Annual statistical returns and brief notes on vaccination in Bengal - 1887-1898
Year: 1887
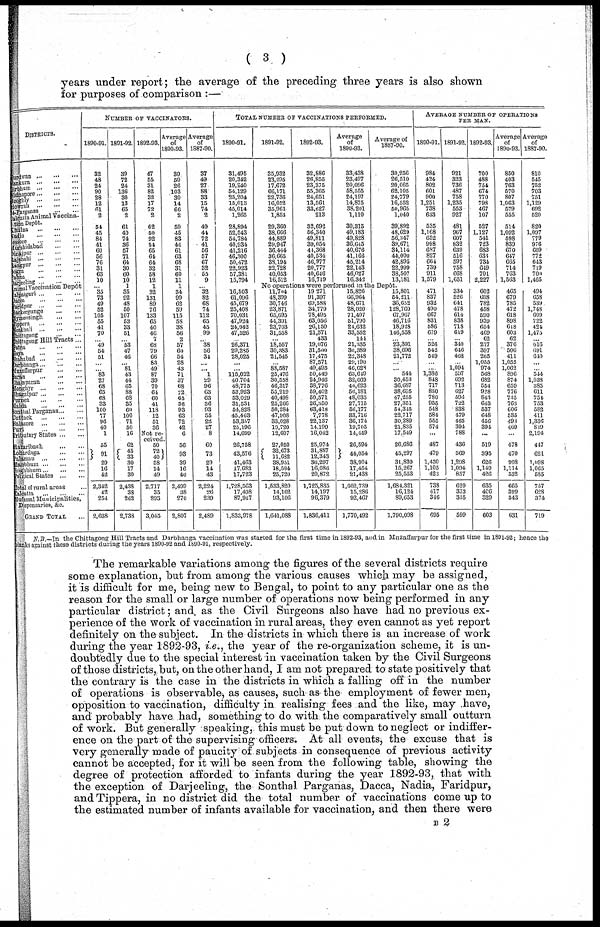
( 3 )
years under report; the average of the preceding three years is also shown
for purposes of comparison :—
DISTRICTS.
Surdwan
...
...
...
Sankura
...
...
...
Sirbhum
...
...
...
Midnapore
...
...
...
Hooghly
...
...
...
Howrah
...
...
...
24-Parganas
...
...
Calcutta Animal Vaccina-
tion Depôt.
Khulna
...
...
...
Nadia
...
...
...
essore
...
...
...
Murshidabad
...
...
Dinajpur
...
...
...
Rajshahi
...
...
...
Rangpur
...
...
...
Sogra ... ... ...
Pabna ... ... ...
Darjeeling ...
... ...
Animal Vaccination Depôt
Malpaiguri ...
...
...
Dacca ... ... ...
Faridpur
... ... ...
Backergunge ... ...
Mymensingh
...
...
Tippera
...
...
...
Noakhali
...
...
...
Chittagong
...
...
Chittagong Hill Tracts...
Patna
...
...
...
Saya
... ... ...
Shahabad
...
...
...
Darbhaga ... ... ...
Muzaffarpur ... ...
Saran
...
...
...
Champaran
...
...
Monghyr
...
...
...
Bhagalpur...
...
...
Purnea
Malda
...
...
...
Sonthal Parganas ... ...
Cuttack
...
...
...
Balasore ... ... ...
Puri
...
...
...
Tributary States
...
...
Hazaribagh
...
...
Lohardaga
...
...
Palaman ...
...
...
Manbhum
...
...
...
Singhbhum
...
...
...
Political States
...
...
Total of rural areas ...
Calcutta
...
...
...
Mutassal Municipalities,
Dispensaries, &c.
GRAND TOTAL ...
NUMBER OF VACCINATORS.
1890-91.
32
48
24
90
28
12
61
2
54
45
84
41
60
56
76
31
63
10
...
35 73
49
52
105
55
41
70
...
49
54
51
...
...
83
27
68
65
68
33
100
77
96
40
1
55
91 29
16
42
2,342
42
254
2,638
1891-92.
39
72
24
136
30
13
65
2
61
40
74
36
57
71
64
30
60
10
1
35
92
48
50
107
53
33
51
...
53
47
46
...
81 43
44
65
88
68
35
60
100
71
50
16
62
45
33
30
17
30
2,438
38
262
2,738
1892-93.
47
55
31
82
32
17
72
2
62
50
92
54
65
64
64
32
58
12
1
32
131
89
76
133
65
40
46
7
68
79
66
83
49
87
39
70
64
60
41
118
12
51
36
Not re-
ceived.
50
72
40
58
14
49
2,717
35
293
3,045
Average
of
1890-93.
39
59
26
103
30
14
66
2
59
45
83
44
61
63
68
31
60
11
1
34
99
62
59
115
58
38
56
2
57
60
54
28
43
71
37
68
72
65
36
93
63
72
42
6
56
93
39
16
40
2,499
38
270
2,807
Average
of
1887-90.
37
49
27
88
33
15
74
2
49
44
72
41
56
57
67
32
53
9
...
32
82
68
74
112
65
45
99
...
38
56
34
...
... 1
29
96
63
63
36
93
55
22
27
8
60
73
29
14
43
2,224
26
239
2,489
TOTAL NUMBER OF VACCINATIONS PERFORMED.
1890-91.
31,495
20,342
19,240
54,129
25,204
15,013
45,014
1,265
28,894
52,543
54,784
40,934
41,216
46,300
50,472
22,923
57,381
15,794
...
16,503
61,096
45,679
25,408
70,031
47,924
24,042
47,526
...
26,371
29,285
28,025
...
...
115,022
40,704
48,775
53,923
53,029
31,531
54,828
45,463
53,357
25,196
14,699
26,758
43,576
41,463
17,683
17,723
1,728,563
17,498
87,917
1,833,978
1891-92.
35,932
23,295
17,672
66,171
22,736
16,052
35,961
1,853
29,360
38,666
44,889
29,947
36,444
36,665
38,194
23,728
40,053
16,512
1892-93.
32,886
26,855
23,375
55,365
24,651
13,561
33,627
213
32,692
56,340
49,811
39,054
44,368
40,534
46,977
20,777
40,646
16,719
Average
of
1890-93.
33,438
23,497
20,096
58,555
24,197
14,875
38,201
1,110
30,315
49,183
49,828
36,645
40,676
41,166
45,214
22,143
46,027
10,342
Average of
1887-90.
30,256
26,510
20,065
62,105
24,779
16,552
50,965
1,040
39;892
48,629
56,347
39,671
31,114
44,000
42,895
22,999
38,507
13,181
No operations were performed in the Depôt.
11,704
48,399
30,746
23,871
65,695
44,391
23,703
31,558
...
18,557
30,383
21,545
...
88,587
25,476
30,558
46,317
55,219
40,498
25,266
50,284
47,908
33,028
19,720
12,607
27,050
32,673
11,682
38,951
18,594
25,720
1,533,820
14,162
93,106
1,641,088
19,271
91,397
69,588
34,779
78,495
63,056
26,150
21,571
433
19,076
31,500
17,475
87,571
49,495
50,449
24,946
38,776
59,402
50,571
26,350
63,418
7,778
22,137
14,199
16,042
25,974
31,887
12,343
36,297
16,086
20,872
1,725,835
14,197
96,379
1,836,411
15,826
66,964
48,671
28,020
71,407
51,790
24,632
33,552
144
21,335
30,389
22,348
29,190
46,028
63,649
32,069
44,623
56,181
48,033
27,715
56,177
33,716
36,174
19,705
14,449
26,594
44,054
38,904
17,454
21,438
1,662,739
15,286
92,467
1,770,492
15,801
54,211
36,652
128,760
67,967
46,716
18,928
146,558
...
23,391
38,696
21,772
...
...
541
30,453
36,687
38,695
47,255
27,351
54,345
22,717
30,289
21,835
17,549
26,686
45,297
31,839
15,267
25,553
1,684,321
16,124
89,653
1,790,098
AVERAGE NUMBER OF OPERATIONS
PER MAN.
1890-91.
984
424
802
601
900
1,251
738
633
535
1,168
652
998
687
827
664
739
911
1,579
471
837
932
490
667
831
586
679
...
526
542
549
...
...
1,386
848
717
830
780
955
548
584
555
574
...
487
479
1,430
1,105
422
738
417
346
695
1891-92.
921
323
736
487
758
1,235
553
927
481
967
607
832
639
516
597
758
668
1,651
334
526
641
478
614
838
718
619
...
340
646
468
...
1,094
537
692
713
627
596
722
838
479
465
394
788
436
569
1,298
1,094
857
629
373
335
599
1892-93.
700
488
754
674
770
798
467
107
527
1,127
541
723
683
633
734
649
701
2,227
602
698
782
458
590
939
654
469
62
277
397
265
1,055
974
568
682
554
928
843
643
537
648
456
394
...
519
395
626
1,149
426
635
406
329
603
Average
of
1890-93.
850
403
763
570
807
1,063
579
555
514
1,092
598
839
670
647
665
714
763
1,663
465
679
785
472
618
893
618
603
62
376
506
411
1,055
1,062
896
874
659
776
735
763
606
535
498
469
...
478
470
998
1,114
532
665
399
343
631
Average
of
1887-90.
810
545
752
703
751
1,129
692
520
820
1,097
779
976
609
772
643
719
700
1,465
494
658
539
1,748
609
722
424
1,475
...
616
691
640
...
...
544
1,038
385
611
754
753
582
411
1,336
819
2,194
447
621
1,098
1,065
585
757
628
374
719
N.B.—In the Chittagong Hill Tracts and Darbhanga vaccination was started for the first time in 1892-93, and in Muzaffarpur for the first time in 1891-92; hence the
blanks against these districts during the years 1890-92 and 1890-91, respectively.
The remarkable variations among the figures of the several districts require
some explanation, but from among the various causes which may be assigned,
it is difficult for me, being new to Bengal, to point to any particular one as the
reason for the small or large number of operations now being performed in any
particular district; and as the Civil Surgeons also have had no previous ex-
perience of the work of vaccination in rural areas, they even cannot as yet report
definitely on the subject. In the districts in which there is an increase of work
during the year 1892-93, i.e., the year of the re-organization scheme, it is un-
doubtedly due to the special interest in vaccination taken by the Civil Surgeons
of those districts, but, on the other hand, I am not prepared to state positively that
the contrary is the case in the districts in which a falling off in the number
of operations is observable, as causes, such as the employment of fewer men,
opposition to vaccination, difficulty in realising fees and the like, may have,
and probably have had, something to do with the comparatively small outturn
of work. But generally speaking, this must be put down to neglect or indiffer-
ence on the part of the supervising officers. At all events, the excuse that is
very generally made of paucity of subjects in consequence of previous activity
cannot be accepted, for it will be seen from the following table, showing the
degree of protection afforded to infants during the year 1892-93, that with
the exception of Darjeeling, the Sonthal Parganas, Dacca, Nadia, Faridpur,
and Tippera, in no district did the total number of vaccinations come up to
the estimated number of infants available for vaccination, and then there were
B 2